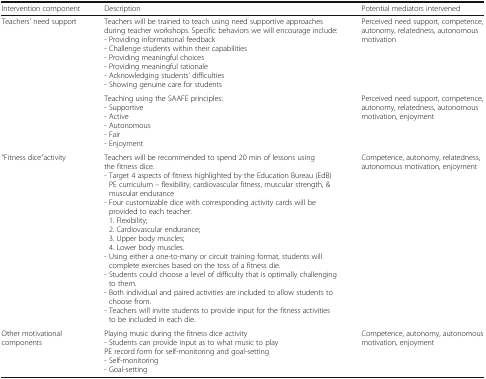
| Intervention component | Description | Potential mediators intervened |
 | --- | --- | --- |
 | Teachers’ need support | Teachers will be trained to teach using need supportive approaches during teacher workshops. Specific behaviors we will encourage include:- Providing informational feedback- Challenge students within their capabilities- Providing meaningful choices- Providing meaningful rationale- Acknowledging students’ difficulties- Showing genuine care for students | Perceived need support, competence, autonomy, relatedness, autonomous motivation |
 |  | Teaching using the SAAFE principles:- Supportive- Active- Autonomous- Fair- Enjoyment | Perceived need support, competence, autonomy, relatedness, autonomous motivation, enjoyment |
 | “Fitness dice”activity | Teachers will be recommended to spend 20 min of lessons using the fitness dice.- Target 4 aspects of fitness highlighted by the Education Bureau (EdB) PE curriculum – flexibility, cardiovascular fitness, muscular strength, & muscular endurance- Four customizable dice with corresponding activity cards will be provided to each teacher: 1. Flexibility; 2. Cardiovascular endurance; 3. Upper body muscles; 4. Lower body muscles.- Using either a one-to-many or circuit training format, students will complete exercises based on the toss of a fitness die.- Students could choose a level of difficulty that is optimally challenging to them.- Both individual and paired activities are included to allow students to choose from.- Teachers will invite students to provide input for the fitness activities to be included in each die. | Competence, autonomy, relatedness, autonomous motivation, enjoyment |
 | Other motivational components | Playing music during the fitness dice activity- Students can provide input as to what music to playPE record form for self-monitoring and goal-setting- Self-monitoring- Goal-setting | Competence, autonomy, autonomous motivation, enjoyment |